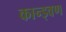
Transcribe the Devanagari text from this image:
कान्ड्वण